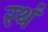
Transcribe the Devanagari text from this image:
रथं